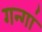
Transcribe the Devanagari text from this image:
गन्गा॑